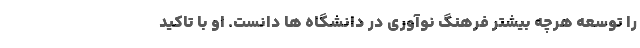
را توسعه هرچه بیشتر فرهنگ نوآوری در دانشگاه ها دانست. او با تاکید